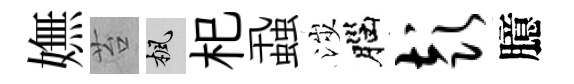
嫵苔楓𣏌蝨涉腦彭臆